Statistics compiled by the Government of India from the reports of provincial Civil Veterinary Departments
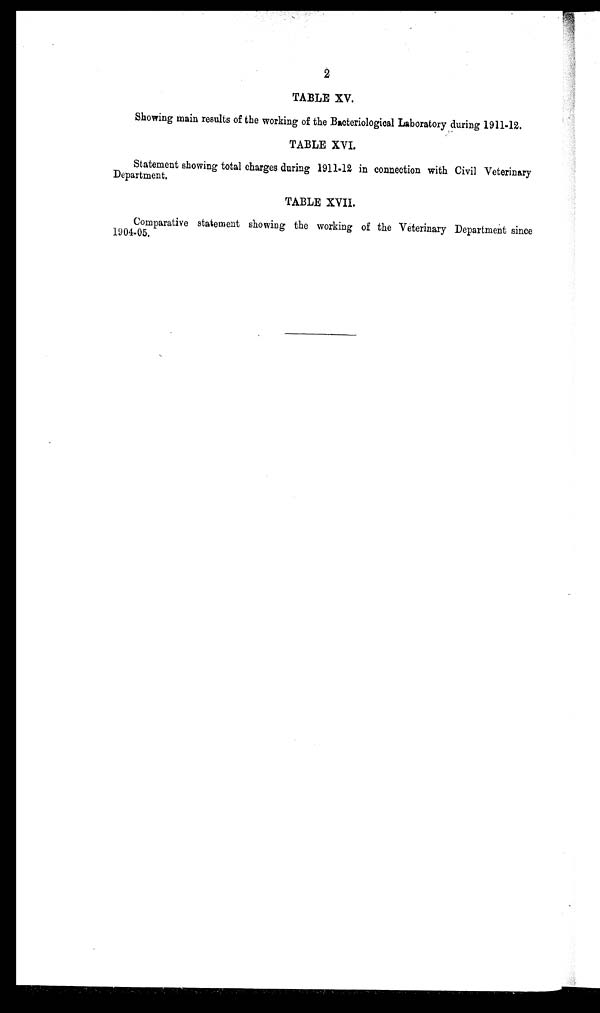
2
TABLE XV.
Showing main results of the working of the Bacteriological Laboratory during 1911-12.
TABLE XVI.
Statement showing total charges during 1911-12 in connection with Civil Veterinary
Department.
TABLE XVII.
Comparative statement showing the working of the Veterinary Department since
1904-05.